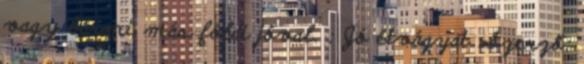
vagy bármi más földi jóval. : Jó étvágyat Szerző: